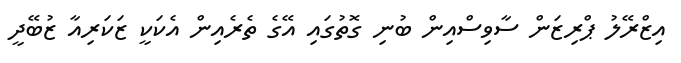
އިޒްރޭލު ޕްރިޒަން ސާވިސްއިން ބުނި ގޮތުގައި އޭގެ ތެރެއިން އެކަކީ ޒަކަރިއާ ޒުބޭދީ